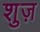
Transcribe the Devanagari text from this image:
शुज़